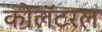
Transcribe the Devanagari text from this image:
कोलॅटरल